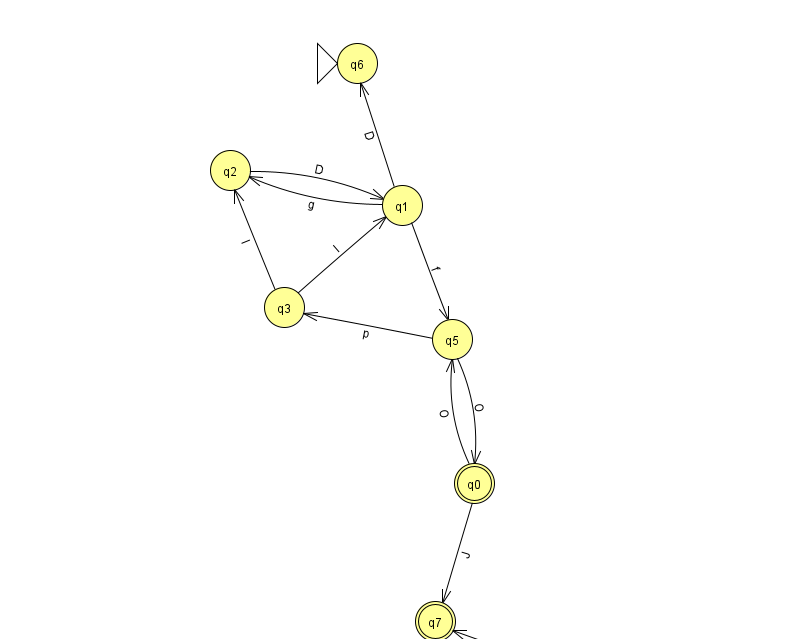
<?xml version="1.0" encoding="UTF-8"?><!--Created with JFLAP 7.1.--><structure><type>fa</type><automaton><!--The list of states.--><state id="0" name="q0"><x>474.0</x><y>470.0</y><final/></state><state id="1" name="q1"><x>402.0</x><y>192.0</y></state><state id="2" name="q2"><x>230.0</x><y>157.0</y></state><state id="3" name="q3"><x>284.0</x><y>294.0</y></state><state id="4" name="q4"><x>556.0</x><y>651.0</y></state><state id="5" name="q5"><x>452.0</x><y>326.0</y></state><state id="6" name="q6"><x>357.0</x><y>50.0</y><initial/></state><state id="7" name="q7"><x>435.0</x><y>608.0</y><final/></state><!--The list of transitions.--><transition><from>2</from><to>1</to><read>D</read></transition><transition><from>3</from><to>2</to><read>l</read></transition><transition><from>1</from><to>2</to><read>g</read></transition><transition><from>3</from><to>1</to><read>l</read></transition><transition><from>4</from><to>7</to><read>Z</read></transition><transition><from>5</from><to>3</to><read>p</read></transition><transition><from>1</from><to>5</to><read>f</read></transition><transition><from>0</from><to>7</to><read>J</read></transition><transition><from>1</from><to>6</to><read>D</read></transition><transition><from>0</from><to>5</to><read>O</read></transition><transition><from>5</from><to>0</to><read>O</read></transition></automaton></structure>